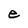
Character: e